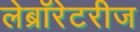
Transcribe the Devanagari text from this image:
लेब्रॉरेटरीज